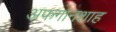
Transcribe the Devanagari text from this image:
अफगानशाह